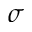
\sigma